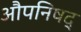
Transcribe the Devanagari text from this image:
औपनिषद्